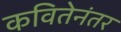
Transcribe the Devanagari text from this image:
कवितेनंतर